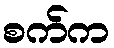
စက်က